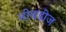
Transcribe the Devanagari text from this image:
नोबडीज